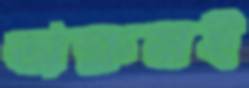
অক্ষমই